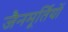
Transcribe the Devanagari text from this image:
जैनमूर्तियों